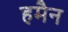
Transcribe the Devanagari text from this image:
हमैन